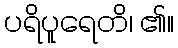
ပရိပူရေတိ၊ ၏။